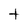
Character: t